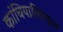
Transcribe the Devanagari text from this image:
कांचियालिरदात